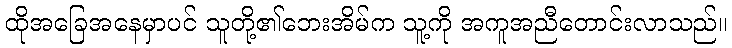
ထိုအခြေအနေမှာပင် သူတို့၏ဘေးအိမ်က သူ့ကို အကူအညီတောင်းလာသည်။